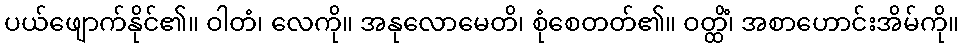
ပယ်ဖျောက်နိုင်၏။ ဝါတံ၊ လေကို။ အနုလောမေတိ၊ စုံစေတတ်၏။ ဝတ္ထိံ၊ အစာဟောင်းအိမ်ကို။